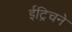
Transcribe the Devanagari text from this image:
ईट्रिचने